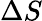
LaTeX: \Delta S